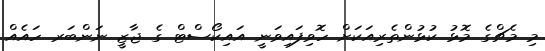
މި މެޗްގެ މޮޅު ކުޅުންތެރިއަކަށް ހޮވިފައިވަނީ އައިކޯސްޓް ގެ ޖާޒީ ނަންބަރ ހައެއް